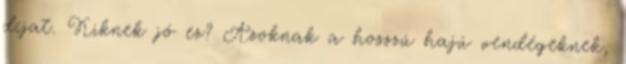
díjat. Kiknek jó ez? Azoknak a hosszú hajú vendégeknek,